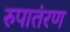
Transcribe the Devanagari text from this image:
रुपातंरण